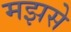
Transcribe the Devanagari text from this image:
मझसे